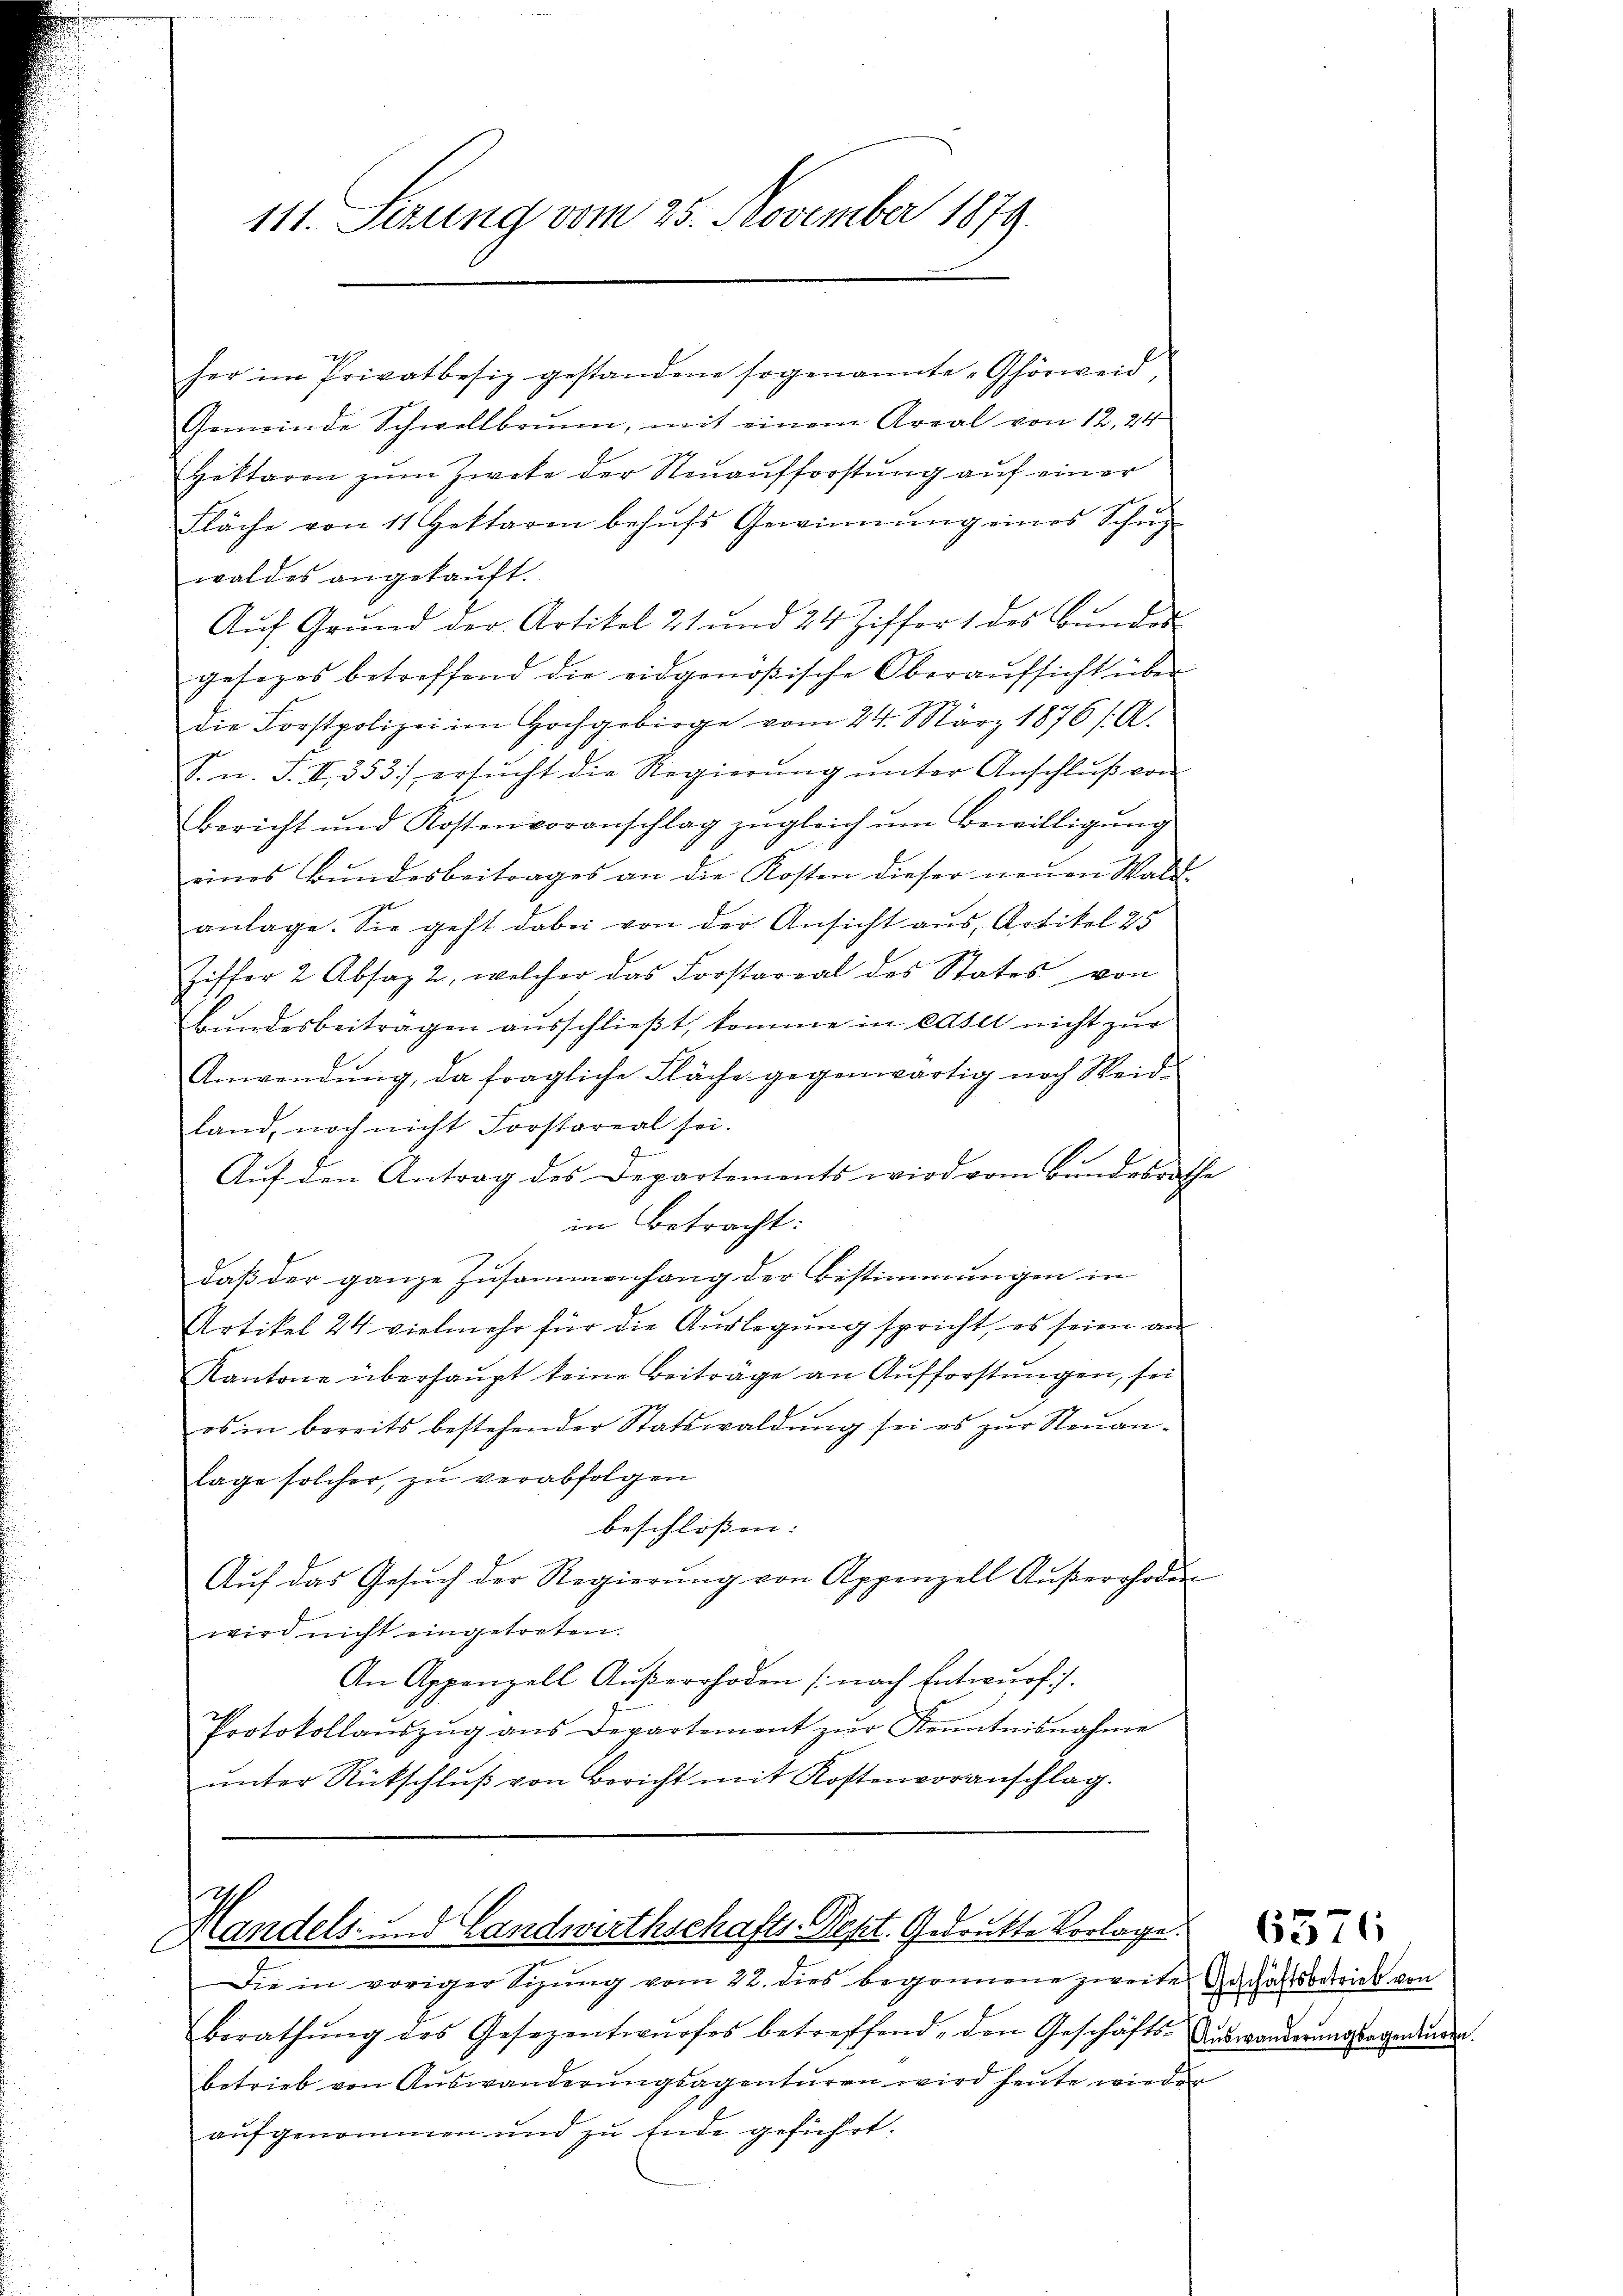
111. Sezung vom 25. November 1879.

Gemeinde Schwellbrunn, mit einem Areal von 12. 24
Hettaren zum Zwete der Neuaufforstung auf einer
Fläche von 11 Hettaren behŭfs Gewinnŭng eines Schŭ
waldes angekaŭft.
Aŭf Grŭnd der Artikel 21 und 24 Ziffer 1 des Bŭnden
gesezes betreffend die eidgenößische Oberaŭfsicht über
Die Forstpolizei im Hochgebirge vom 24. März 1876 f. A.
S. n. F. II 353 ersŭcht die Regierŭng ŭnter Anschlŭβ von
bericht und Kostenvoranschlag zŭgleich ŭm Bewilligŭng
eines Bundesbeitrages an die Kosten dieser neuen Wald
anlage. Sie geht dabei von der Ansicht aus, Artikel 25
Ziffer 2 Absatz, welcher das Forstareal des States von
Bundesbeiträgen ausschließt, komme in caser nicht zur
Anwendung, da fragliche Fläche gegenwärtig nach Weidland, noch nicht Forstoreal sei.
Aŭf den Antrag des Departements wird vom Bundesrathe
in betracht:
daβ der ganze Zusammenhang der Bestimmungen in
Artikel 24 vielmehr für die Auslegung spricht, es seien an
Kantone überhaŭpt keine Beiträge an Aufforstungen, sei
es in bereits bestehender Statswaldŭng sei es zŭr Neuan-
lage solcher, zu verabfolgen
beschloßen:
Aŭf das Gesŭch der Regierŭng von Appenzell Aŭβerrhoden
wird nicht eingetreten.
An Appenzell Außerrhoden (nach Entwurf.
Protokollaŭszŭg ans Departement zŭr Kenntnisnahme
ŭnter Rückschlŭβ von Bericht mit Kostenvoranschlag.

her im Privatbesiz gestandene sogenannte „Ghörweid,

ch
Handels- und Landwirthschafts-Past. Gedankte Vorlage

Die in voriger Sizŭng vom 22. dies begonnene zweite Geschäftsbetrieb von
Berathŭng des Gesezentwŭrfes betreffend, den Geschäfts-Auswanderŭngssagenden.
betrieb von Auswanderŭngsagentŭren wird heute wieder
aufgenommen und zu Ende geführt.
2